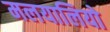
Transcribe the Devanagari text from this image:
मलयालियो